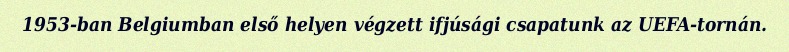
1953-ban Belgiumban első helyen végzett ifjúsági csapatunk az UEFA-tornán.